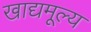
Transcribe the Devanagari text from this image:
खाद्यमूल्य